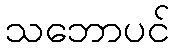
သဘောပင်